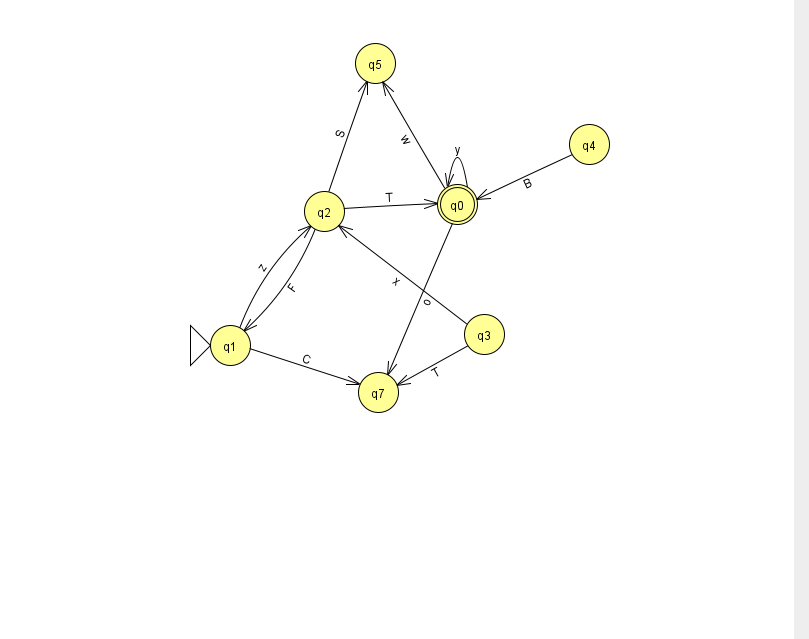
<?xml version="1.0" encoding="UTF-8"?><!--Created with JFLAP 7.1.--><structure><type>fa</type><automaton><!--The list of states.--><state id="0" name="q0"><x>457.0</x><y>191.0</y><final/></state><state id="1" name="q1"><x>230.0</x><y>332.0</y><initial/></state><state id="2" name="q2"><x>324.0</x><y>198.0</y></state><state id="3" name="q3"><x>484.0</x><y>321.0</y></state><state id="4" name="q4"><x>589.0</x><y>131.0</y></state><state id="5" name="q5"><x>375.0</x><y>50.0</y></state><state id="7" name="q7"><x>378.0</x><y>379.0</y></state><!--The list of transitions.--><transition><from>2</from><to>1</to><read>F</read></transition><transition><from>4</from><to>0</to><read>B</read></transition><transition><from>0</from><to>5</to><read>w</read></transition><transition><from>1</from><to>7</to><read>C</read></transition><transition><from>0</from><to>0</to><read>y</read></transition><transition><from>3</from><to>2</to><read>x</read></transition><transition><from>0</from><to>7</to><read>o</read></transition><transition><from>2</from><to>5</to><read>S</read></transition><transition><from>3</from><to>7</to><read>T</read></transition><transition><from>2</from><to>0</to><read>T</read></transition><transition><from>1</from><to>2</to><read>z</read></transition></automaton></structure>